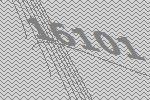
16101